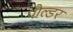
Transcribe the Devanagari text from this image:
पौल्डर